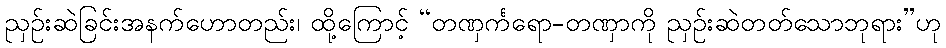
ညှဉ်းဆဲခြင်းအနက်ဟောတည်း၊ ထို့ကြောင့် “တဏှင်္ကရော-တဏှာကို ညှဉ်းဆဲတတ်သောဘုရား”ဟု